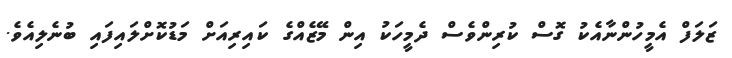
ޒަލަފް އެމީހުންނާއެކު ގޮސް ކުރިންވެސް ދެމީހަކު އިން މޭޒެއްގެ ކައިރިއަށް މަޑުކޮށްލައިފައި ބުނެލިއެވެ.